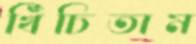
খিঁচিতাম